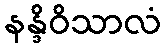
နန္ဒိဝိသာလံ